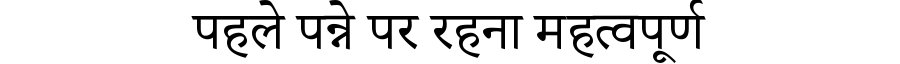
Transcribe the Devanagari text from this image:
पहले पन्ने पर रहना महत्वपूर्ण